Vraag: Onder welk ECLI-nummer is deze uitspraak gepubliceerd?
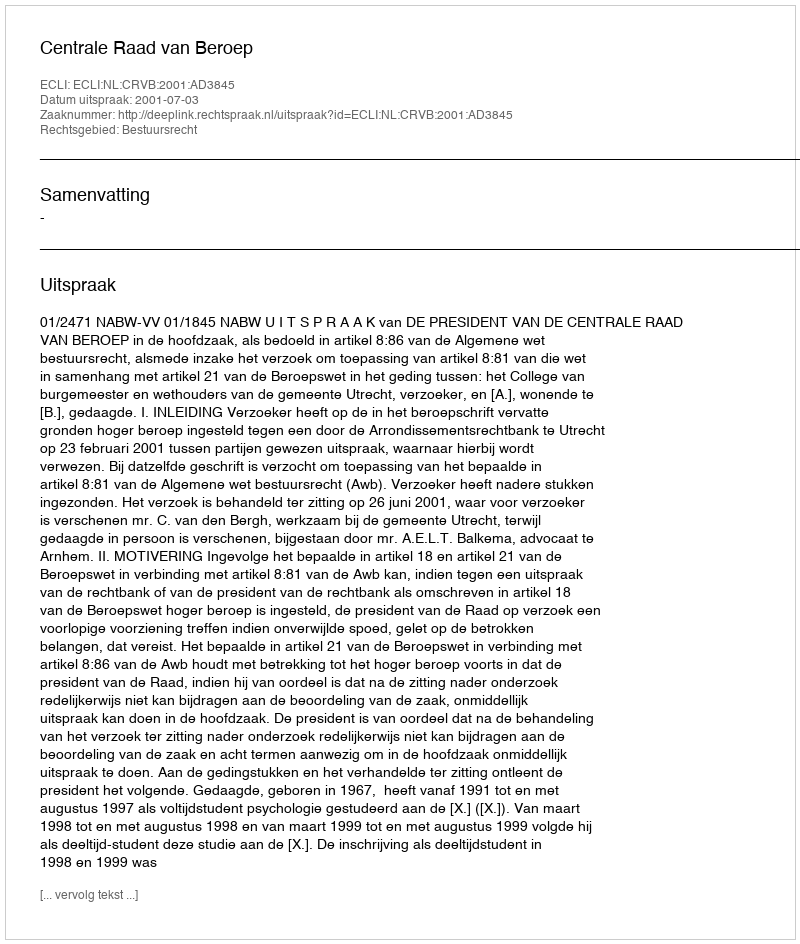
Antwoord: ECLI:NL:CRVB:2001:AD3845